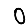
Digit: 0